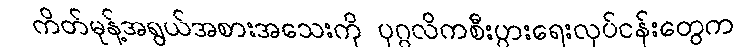
ကိတ်မုန့်အရွယ်အစားအသေးကို ပုဂ္ဂလိကစီးပွားရေးလုပ်ငန်းတွေက